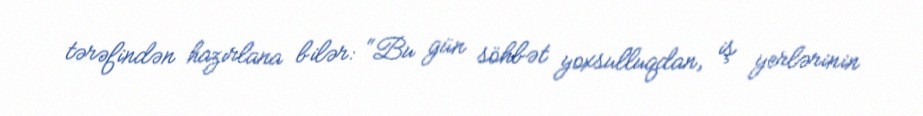
tərəfindən hazırlana bilər: “Bu gün söhbət yoxsulluqdan, iş yerlərinin